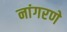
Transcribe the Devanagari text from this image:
नांगरणे